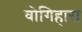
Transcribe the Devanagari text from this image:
वोगिहारा